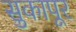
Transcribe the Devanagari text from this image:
सुकापूर